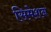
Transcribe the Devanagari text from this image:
सिमेशन